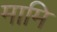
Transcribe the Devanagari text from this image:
मामि